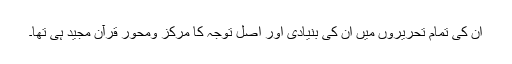
ان کی تمام تحریروں میں ان کی بنیادی اور اصل توجہ کا مرکز ومحور قرآن مجید ہی تھا۔